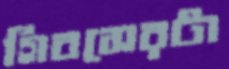
গিবসেরটা